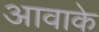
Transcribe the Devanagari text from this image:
आवाके